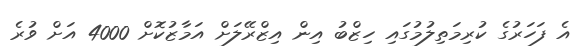
އެ ފަހަރުގެ ކުރިމަތިލުމުގައި ހިޒްބު އިން އިޒްރޭލަށް އަމާޒުކޮށް 4000 އަށް ވުރެ